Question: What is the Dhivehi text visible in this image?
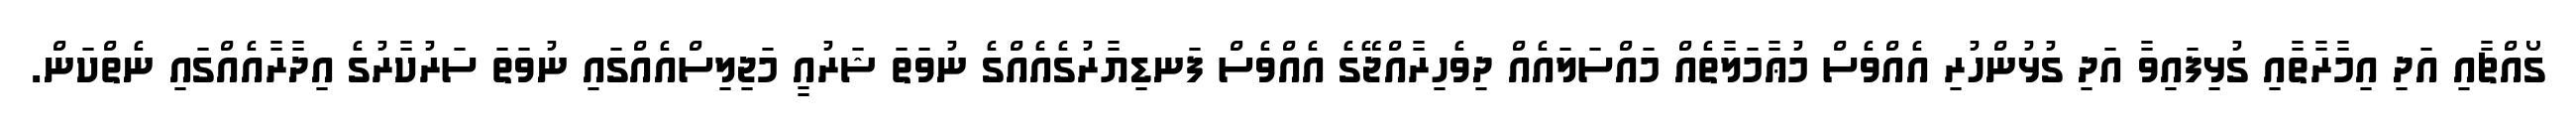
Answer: ގޯއްޗާއި އަދި އިމާރާތާއި ގުޅިފައިވާ އަދި ގުޅުންހުރި އެއްވެސް މުޢާމަލާތެއް މައްސަލައެއް ދިވެހިރާއްޖޭގެ އެއްވެސް ފަނޑިޔާރުގެއެއްގެ ނުވަތަ ޝަރުއީ މަޖިލިސްއެއްގައި ނުވަތަ ސަރުކާރުގެ އިދާރާއެއްގައި ނެތްކަން.